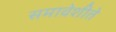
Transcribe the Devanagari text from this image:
समावेशीते